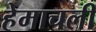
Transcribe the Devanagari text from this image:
हेमाचलीं